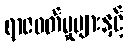
ရာဇဝတ်မှုများနှင့်